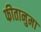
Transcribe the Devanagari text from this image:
फीतानुमा